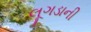
લૂગડાની